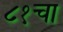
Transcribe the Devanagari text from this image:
८१चा